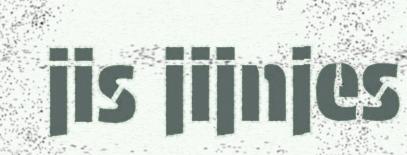
jis jijnjes